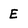
Character: E